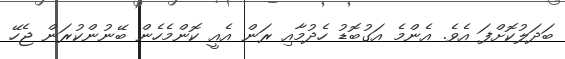
ބަދަލުކޮށްފަ އެވެ. އެންމެ އަގުބޮޑު ހެދުމާއި ރަން އެއީ ކޮންމެހެން ބޭނުންކުރަން ޖެހޭ